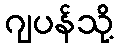
ဂျပန်သို့